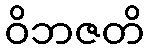
ဝိဘဇတိ